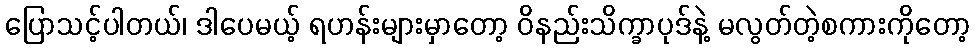
ပြောသင့်ပါတယ်၊ ဒါပေမယ့် ရဟန်းများမှာတော့ ဝိနည်းသိက္ခာပုဒ်နဲ့ မလွတ်တဲ့စကားကိုတော့